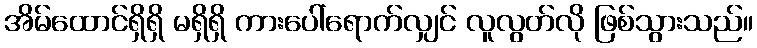
အိမ်ထောင်ရှိရှိ မရှိရှိ ကားပေါ်ရောက်လျှင် လူလွတ်လို ဖြစ်သွားသည်။